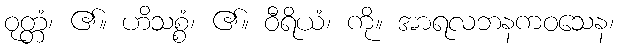
ဝုတ္တံ၊ ၏။ ဟိသစ္စံ၊ ၏။ ဝီရိယံ၊ ကို။ အာရလဘနကဝသေန၊